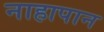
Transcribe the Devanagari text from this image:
नाहापान